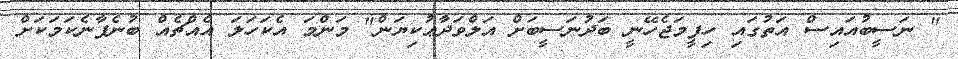
" ނަސީބުއައިސް އަތުގައި ހިފީމަޖެހޭނީ ބަދުނަސީބަށް އަލްވަދާޢުކިޔަން" މަންމަ އެކަހަލަ އެއްޗެއް ބުނެފާނެކަމަކަށް